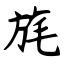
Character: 旄